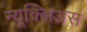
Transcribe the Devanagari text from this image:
न्यूक्लिअस